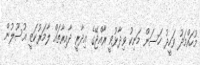
މުހައްމަދު ވަހީދު ހަސަން މަނިކު ވިދާޅުވީ ރާއްޖޭގެ އިދާރީ ދާއިރާތައް ލާމަރުކަޒީ އުސޫލުން